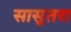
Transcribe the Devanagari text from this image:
सासुतरा